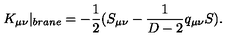
K _ { \mu \nu } | _ { b r a n e } = - \frac { 1 } { 2 } ( S _ { \mu \nu } - \frac { 1 } { D - 2 } q _ { \mu \nu } S ) .